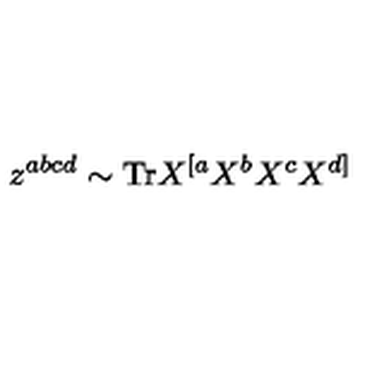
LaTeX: z ^ { a b c d } \sim \mathrm { T r } X ^ { [ a } X ^ { b } X ^ { c } X ^ { d ] }